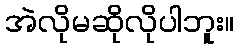
အဲလိုမဆိုလိုပါဘူး။